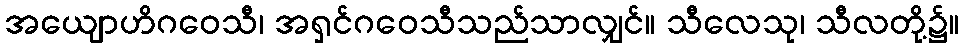
အယျောဟိဂဝေသီ၊ အရှင်ဂဝေသီသည်သာလျှင်။ သီလေသု၊ သီလတို့၌။